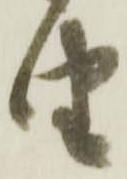
由